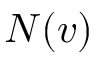
N ( v )